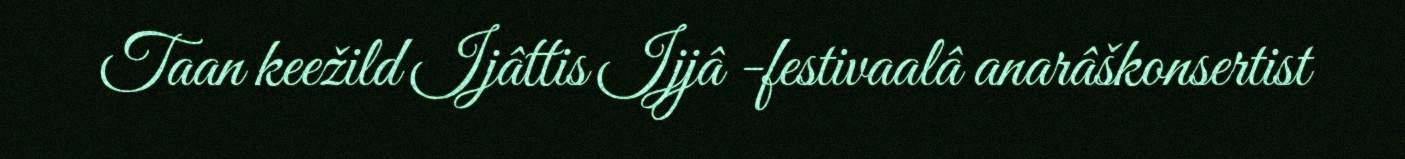
Taan keežild Ijâttis Ijjâ -festivaalâ anarâškonsertist